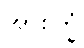
အာစိက္ခံ